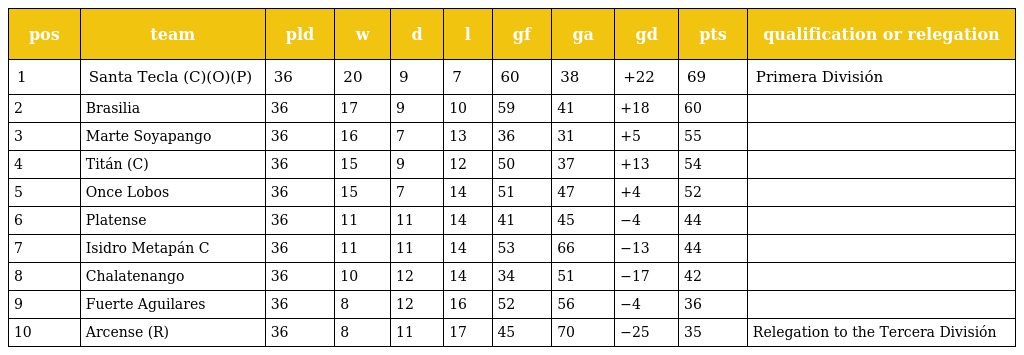
| pos | team | pld | w | d | l | gf | ga | gd | pts | qualification or relegation |
 | --- | --- | --- | --- | --- | --- | --- | --- | --- | --- | --- |
 | 1 | Santa Tecla (C)(O)(P) | 36 | 20 | 9 | 7 | 60 | 38 | +22 | 69 | Primera División |
 | 2 | Brasilia | 36 | 17 | 9 | 10 | 59 | 41 | +18 | 60 |  |
 | 3 | Marte Soyapango | 36 | 16 | 7 | 13 | 36 | 31 | +5 | 55 |  |
 | 4 | Titán (C) | 36 | 15 | 9 | 12 | 50 | 37 | +13 | 54 |  |
 | 5 | Once Lobos | 36 | 15 | 7 | 14 | 51 | 47 | +4 | 52 |  |
 | 6 | Platense | 36 | 11 | 11 | 14 | 41 | 45 | −4 | 44 |  |
 | 7 | Isidro Metapán C | 36 | 11 | 11 | 14 | 53 | 66 | −13 | 44 |  |
 | 8 | Chalatenango | 36 | 10 | 12 | 14 | 34 | 51 | −17 | 42 |  |
 | 9 | Fuerte Aguilares | 36 | 8 | 12 | 16 | 52 | 56 | −4 | 36 |  |
 | 10 | Arcense (R) | 36 | 8 | 11 | 17 | 45 | 70 | −25 | 35 | Relegation to the Tercera División |